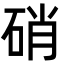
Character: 硝